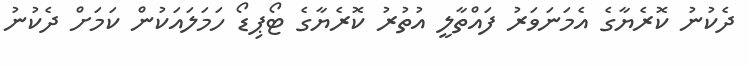
ދެކުނު ކޮރެޔާގެ އެމަނަވަރު ފައްތާލީ އުތުރު ކޮރެޔާގެ ޓޯޕިޑޯ ހަމަލައަކުން ކަމަށް ދެކުނު